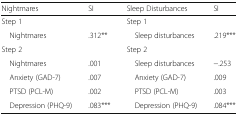
<table><thead><tr><td><b>Nightmares</b></td><td><b>SI</b></td><td><b>Sleep Disturbances</b></td><td><b>SI</b></td></tr></thead><tbody><tr><td colspan="2">Step 1</td><td colspan="2">Step 1</td></tr><tr><td> Nightmares</td><td>.312**</td><td> Sleep disturbances</td><td>.219***</td></tr><tr><td colspan="2">Step 2</td><td colspan="2">Step 2</td></tr><tr><td> Nightmares</td><td>.001</td><td> Sleep disturbances</td><td>−.253</td></tr><tr><td> Anxiety (GAD-7)</td><td>.007</td><td> Anxiety (GAD-7)</td><td>.009</td></tr><tr><td> PTSD (PCL-M)</td><td>.002</td><td> PTSD (PCL-M)</td><td>.003</td></tr><tr><td> Depression (PHQ-9)</td><td>.083***</td><td> Depression (PHQ-9)</td><td>.084***</td></tr></tbody></table>